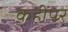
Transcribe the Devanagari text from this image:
कहींपर